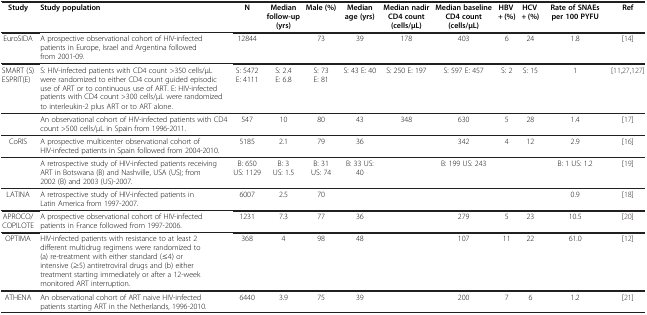
<table><thead><tr><td><b>Study</b></td><td><b>Study population</b></td><td><b>N</b></td><td><b>Median follow-up (yrs)</b></td><td><b>Male (%)</b></td><td><b>Median age (yrs)</b></td><td><b>Median nadir CD4 count (cells/μL)</b></td><td><b>Median baseline CD4 count (cells/μL)</b></td><td><b>HBV + (%)</b></td><td><b>HCV + (%)</b></td><td><b>Rate of SNAEs per 100 PYFU</b></td><td><b>Ref</b></td></tr></thead><tbody><tr><td>EuroSIDA</td><td>A prospective observational cohort of HIV-infected patients in Europe, Israel and Argentina followed from 2001-09.</td><td>12844</td><td> </td><td>73</td><td>39</td><td>178</td><td>403</td><td>6</td><td>24</td><td>1.8</td><td>[14]</td></tr><tr><td>SMART (S) ESPRIT(E)</td><td>S: HIV-infected patients with CD4 count &gt;350 cells/μL were randomized to either CD4 count guided episodic use of ART or to continuous use of ART. E: HIV-infected patients with CD4 count &gt;300 cells/μL were randomized to interleukin-2 plus ART or to ART alone.</td><td>S: 5472 E: 4111</td><td>S: 2.4 E: 6.8</td><td>S: 73 E: 81</td><td>S: 43 E: 40</td><td>S: 250 E: 197</td><td>S: 597 E: 457</td><td>S: 2</td><td>S: 15</td><td>1</td><td>[11,27,127]</td></tr><tr><td> </td><td>An observational cohort of HIV-infected patients with CD4 count &gt;500 cells/μL in Spain from 1996-2011.</td><td>547</td><td>10</td><td>80</td><td>43</td><td>348</td><td>630</td><td>5</td><td>28</td><td>1.4</td><td>[17]</td></tr><tr><td>CoRIS</td><td>A prospective multicenter observational cohort of HIV-infected patients in Spain followed from 2004-2010.</td><td>5185</td><td>2.1</td><td>79</td><td>36</td><td> </td><td>342</td><td>4</td><td>12</td><td>2.9</td><td>[16]</td></tr><tr><td> </td><td>A retrospective study of HIV-infected patients receiving ART in Botswana (B) and Nashville, USA (US); from 2002 (B) and 2003 (US)-2007.</td><td>B: 650 US: 1129</td><td>B: 3 US: 1.5</td><td>B: 31 US: 74</td><td>B: 33 US: 40</td><td> </td><td>B: 199 US: 243</td><td> </td><td> </td><td>B: 1 US: 1.2</td><td>[19]</td></tr><tr><td>LATINA</td><td>A retrospective study of HIV-infected patients in Latin America from 1997-2007.</td><td>6007</td><td>2.5</td><td>70</td><td> </td><td> </td><td> </td><td> </td><td> </td><td>0.9</td><td>[18]</td></tr><tr><td>APROCO/COPILOTE</td><td>A prospective observational cohort of HIV-infected patients in France followed from 1997-2006.</td><td>1231</td><td>7.3</td><td>77</td><td>36</td><td> </td><td>279</td><td>5</td><td>23</td><td>10.5</td><td>[20]</td></tr><tr><td>OPTIMA</td><td>HIV-infected patients with resistance to at least 2 different multidrug regimens were randomized to (a) re-treatment with either standard (≤4) or intensive (≥5) antiretroviral drugs and (b) either treatment starting immediately or after a 12-week monitored ART interruption.</td><td>368</td><td>4</td><td>98</td><td>48</td><td> </td><td>107</td><td>11</td><td>22</td><td>61.0</td><td>[12]</td></tr><tr><td>ATHENA</td><td>An observational cohort of ART naive HIV-infected patients starting ART in the Netherlands, 1996-2010.</td><td>6440</td><td>3.9</td><td>75</td><td>39</td><td> </td><td>200</td><td>7</td><td>6</td><td>1.2</td><td>[21]</td></tr></tbody></table>